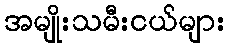
အမျိုးသမီးငယ်များ